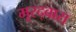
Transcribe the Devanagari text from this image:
मूरद्वारा